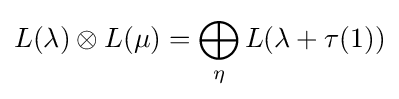
L(\lambda )\otimes L(\mu )=\bigoplus _{\eta }L(\lambda +\tau (1))